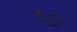
રહા